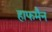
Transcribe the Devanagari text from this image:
हाफमैन